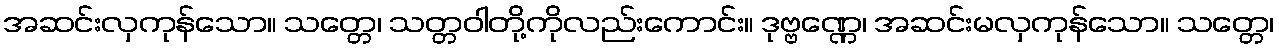
အဆင်းလှကုန်သော။ သတ္တေ၊ သတ္တဝါတို့ကိုလည်းကောင်း။ ဒုဗ္ဗဏ္ဏေ၊ အဆင်းမလှကုန်သော။ သတ္တေ၊